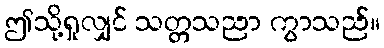
ဤသို့ရှုလျှင် သတ္တသညာ ကွာသည်။